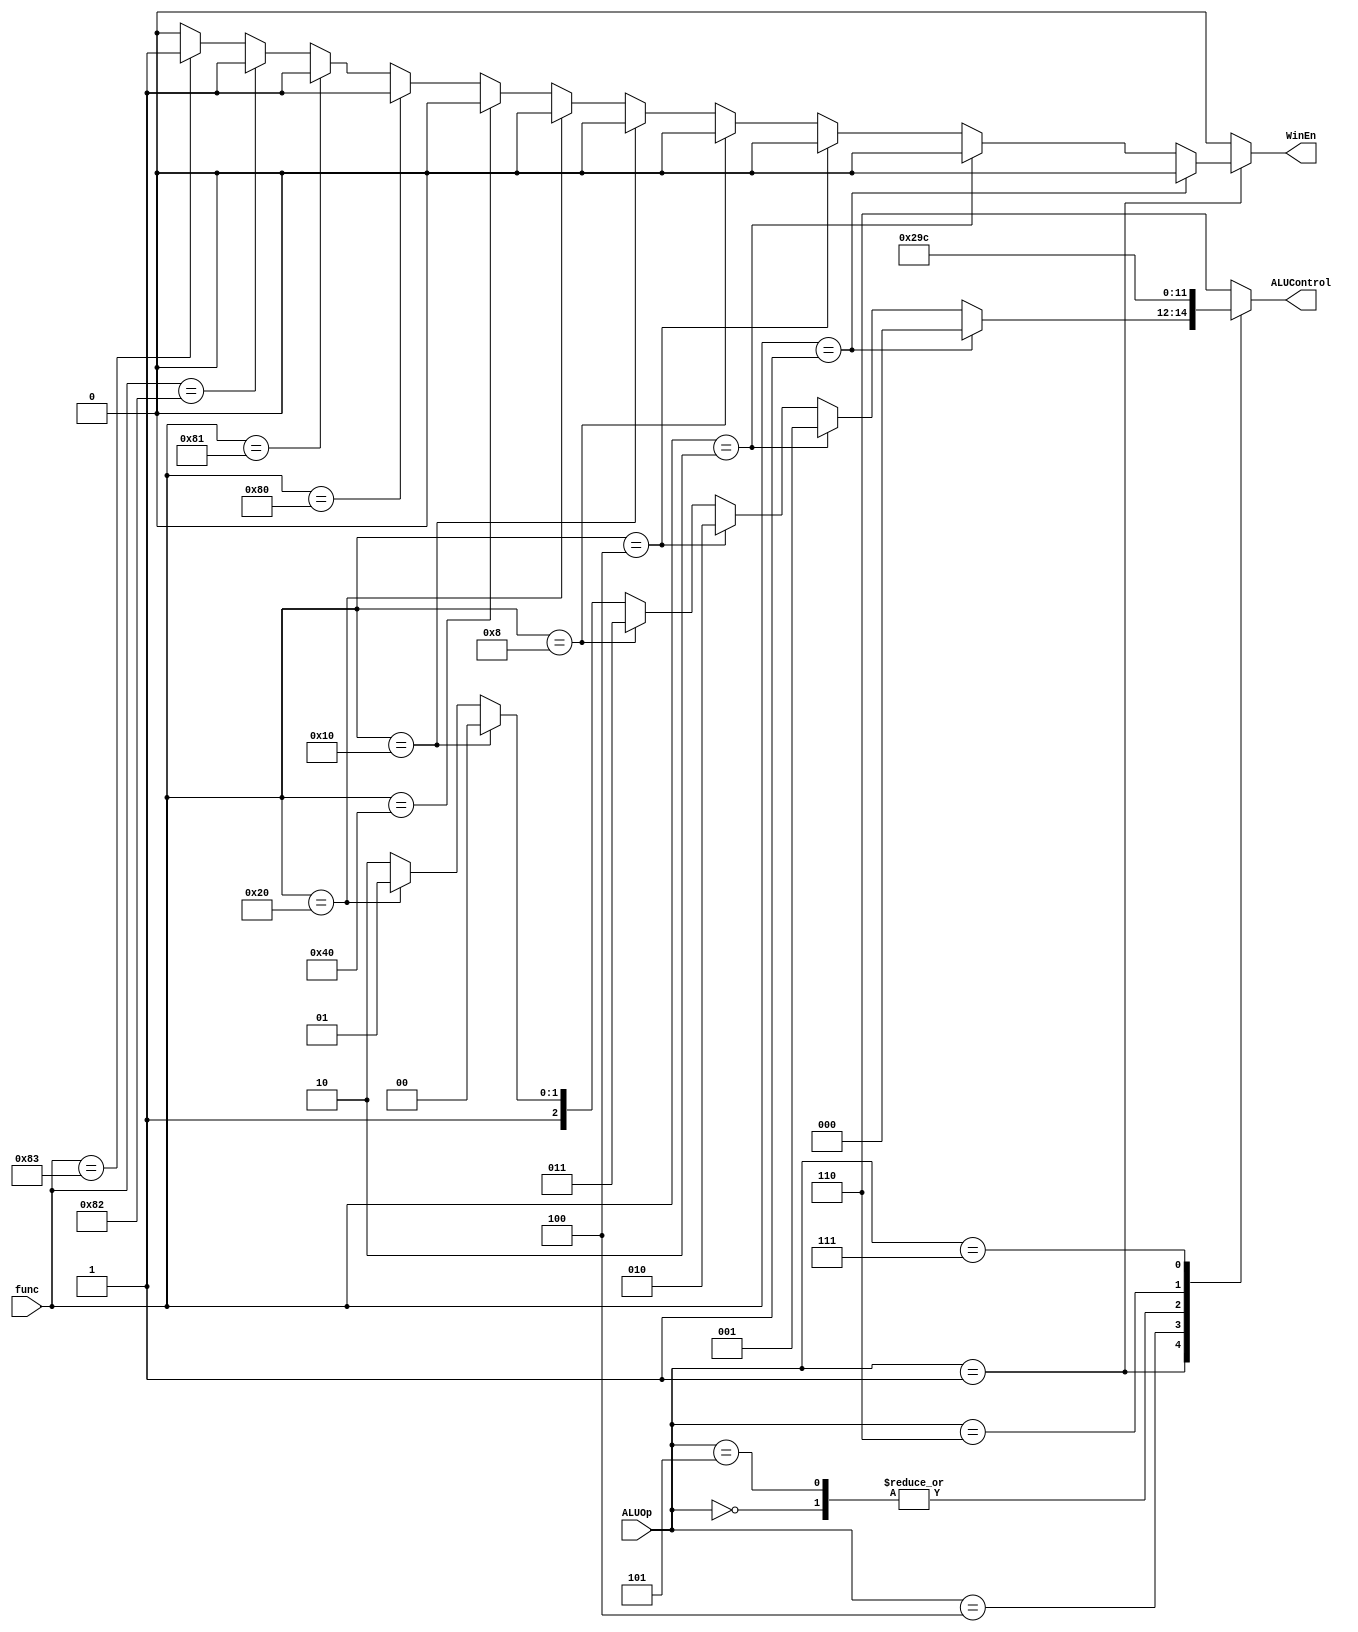
`timescale 1ns/1ns
module ALUController(input [7:0]func, input [2:0] ALUOp, output WinEn, output [2:0] ALUControl);
	reg [2:0] aluControl;
	reg winEn;
  assign WinEn = winEn;
  assign ALUControl = aluControl;
	always@(func,ALUOp) begin
		aluControl = 3'b110; //nop
		winEn = 0;
		case(ALUOp)
		    3'b000: begin //BranchZ
				  aluControl = 3'b010; //sub
				  winEn = 0;
			  end
			  3'b001: begin //C-type
			    if(func == 8'b00000001) begin
			      aluControl = 3'b000; //move
			      winEn = 0;
			    end
			    else if(func == 8'b00000010) begin
			      aluControl = 3'b001; //add
			      winEn = 0;
			    end
			    else if(func == 8'b00000100) begin
			      aluControl = 3'b010; //sub
			      winEn = 0;
			    end
			    else if(func == 8'b00001000) begin
			      aluControl = 3'b011; //and
			      winEn = 0;
			    end
			    else if(func == 8'b00010000) begin
			      aluControl = 3'b100; //or
			      winEn = 0;
			    end
			    else if(func == 8'b00100000) begin
			      aluControl = 3'b101; //not
			      winEn = 0;
			    end
			    else if(func == 8'b01000000) begin
			      aluControl = 3'b110; //nop
			      winEn = 0;
			    end
			    else if(func == 8'b10000000) begin //wnd0
			      aluControl = 3'b110; //wnd0
			      winEn = 1;
			    end
			    else if(func == 8'b10000001) begin //wnd1
			      aluControl = 3'b110; //wnd1
			      winEn = 1;
			    end
			    else if(func == 8'b10000010) begin //wnd2
			      aluControl = 3'b110; //wnd2
			      winEn = 1;
			    end
			    else if(func == 8'b10000011) begin //wnd3
			      aluControl = 3'b110; //nop
			      winEn = 1;
			    end
			  end
			  3'b011: begin //load,store,jump
				  aluControl = 3'b110; //nop
				  winEn = 0;
			  end
			  3'b100: begin //addi
				  aluControl = 3'b001; //add
				  winEn = 0;
			  end
			  3'b101: begin //subi
				  aluControl = 3'b010; //sub
				  winEn = 0;
			  end
			  3'b110: begin //andi
				  aluControl = 3'b011; //and
				  winEn = 0;
			  end
			  3'b111: begin //ori
				  aluControl = 3'b100; //or
				  winEn = 0;
			  end
			  default: begin
			    aluControl = 3'b110; //nop
			    winEn = 0;
			  end
		endcase
	end
endmodule